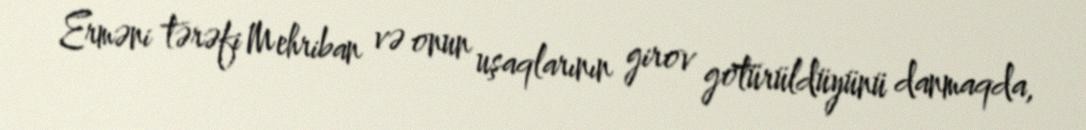
Erməni tərəfi Mehriban və onun uşaqlarının girov götürüldüyünü danmaqda,